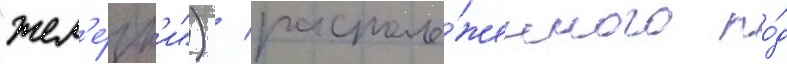
"жел'е́зк'и") / располо́женного по́д